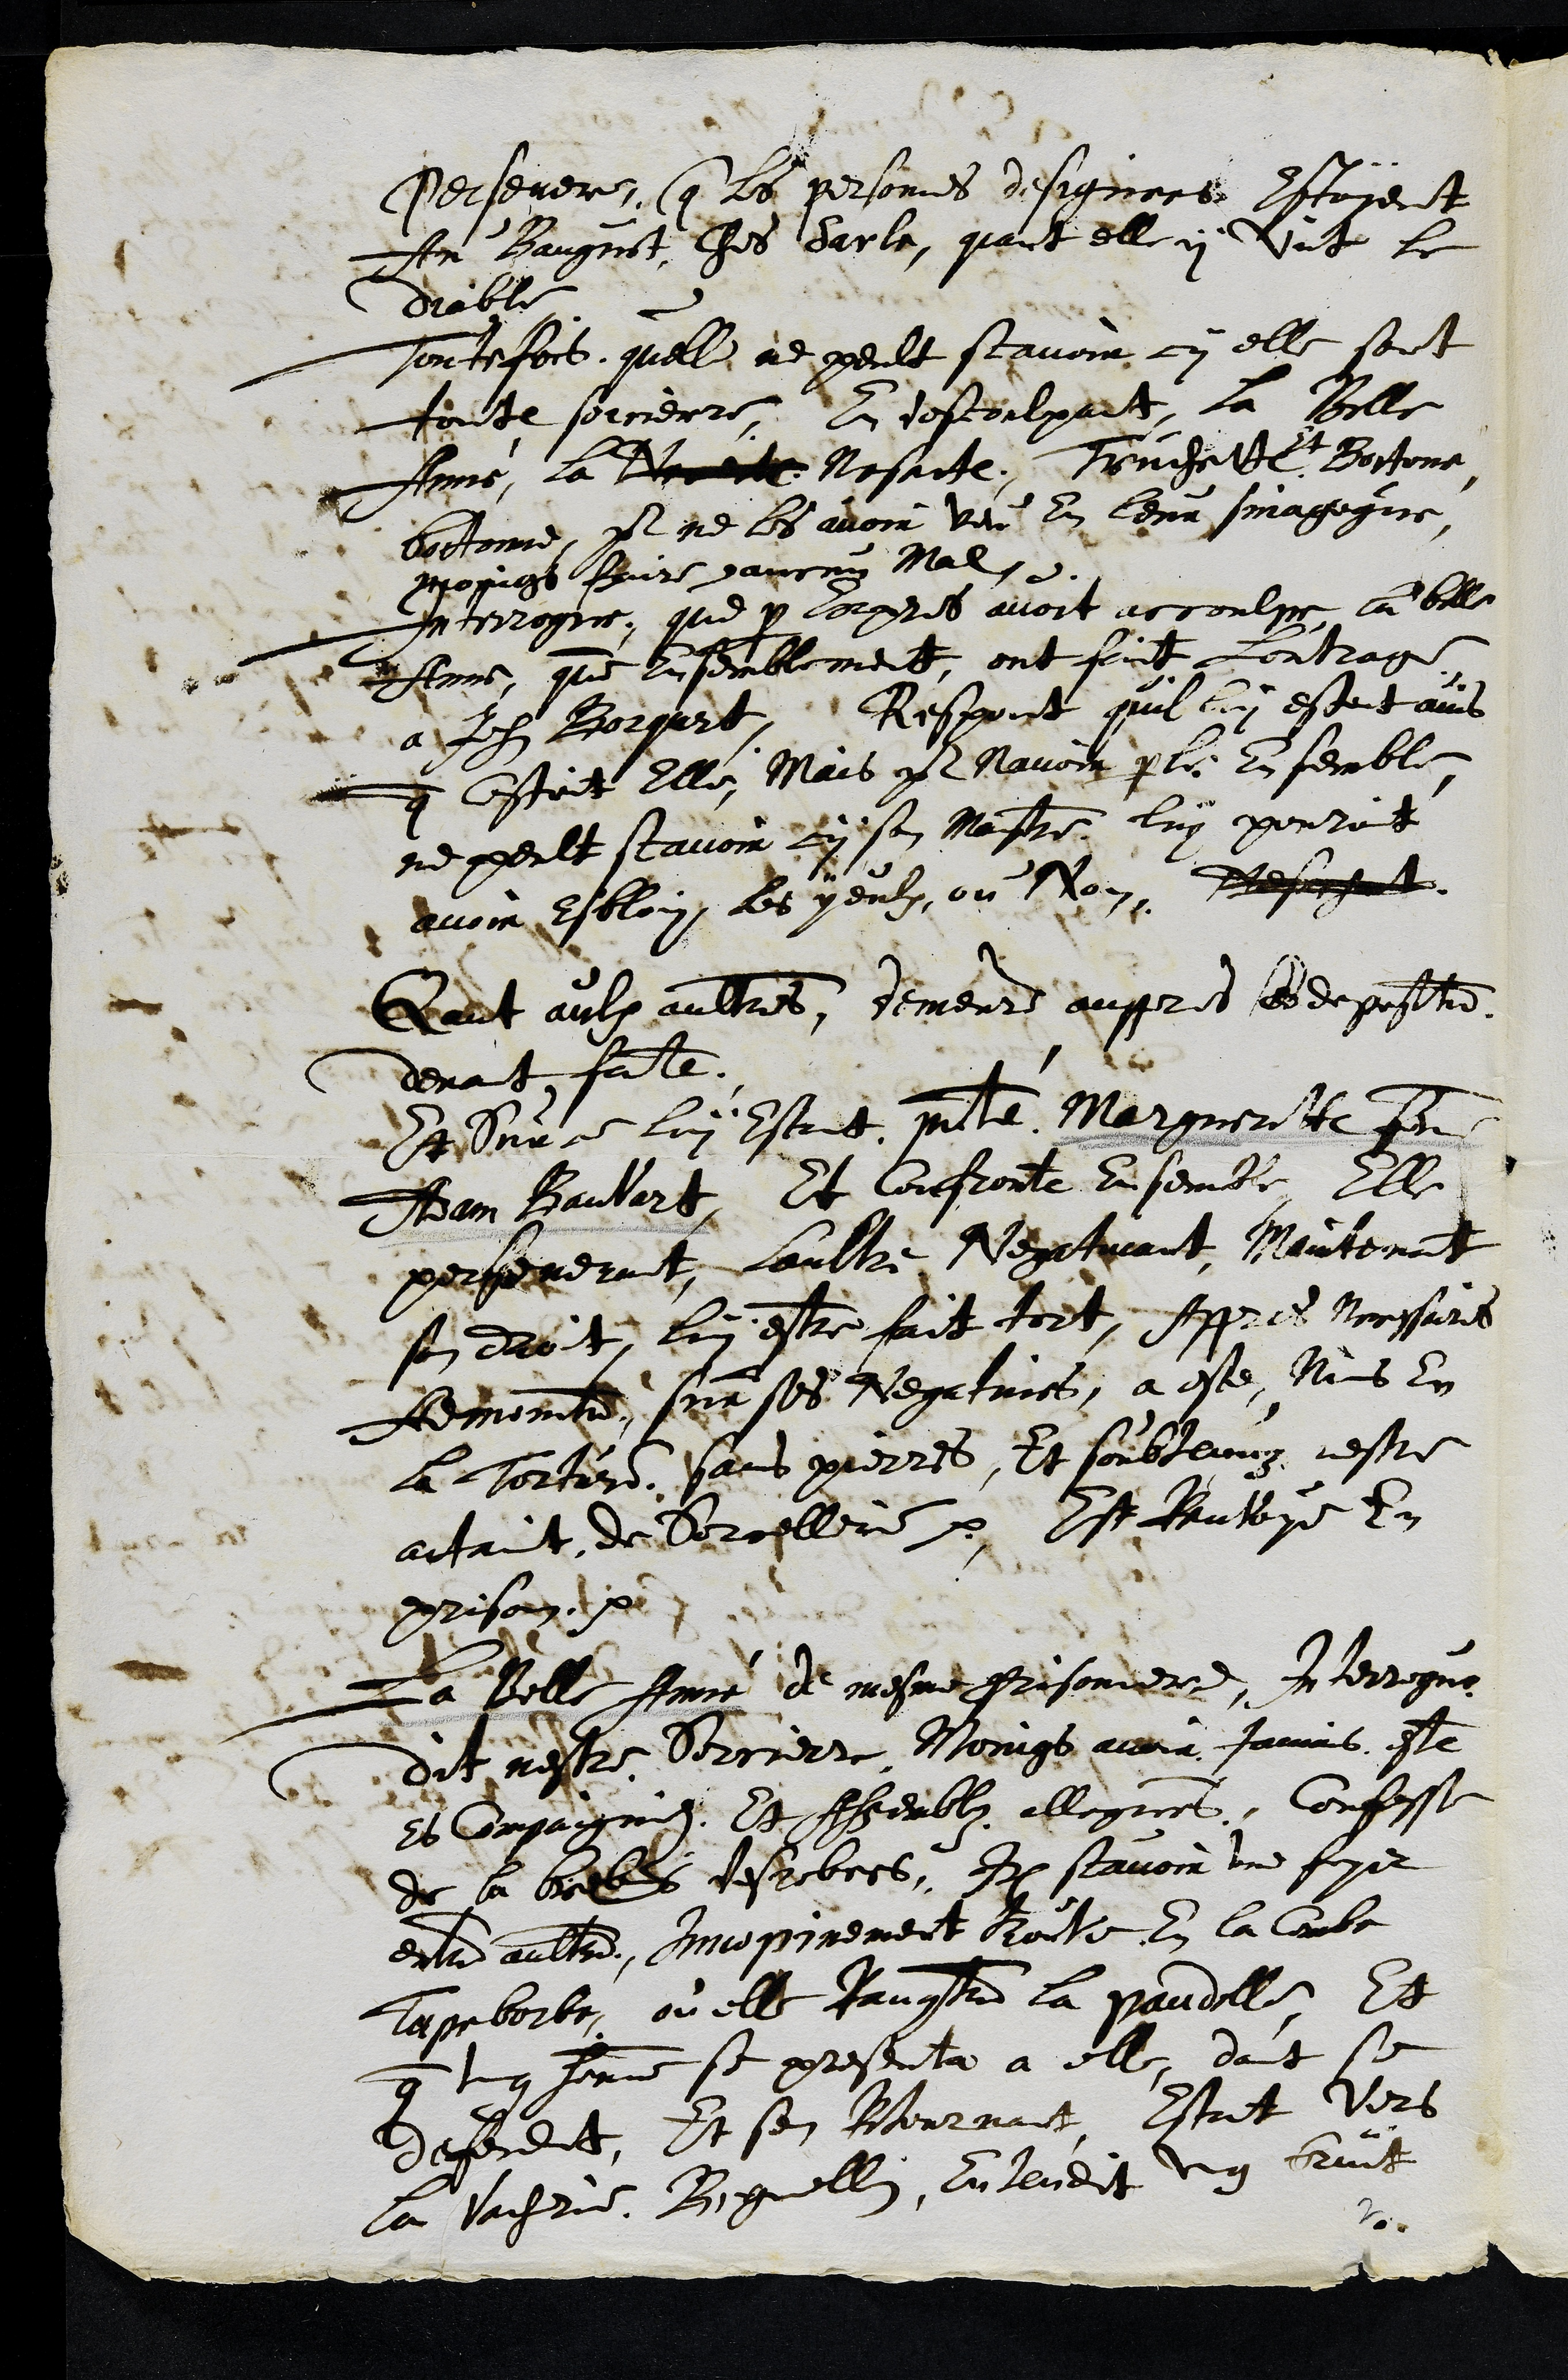
Persevere, que le personnes designers estoient
Item Baugnnt les Sarle, quait elle y vnt le
diable
tosentefois, quelle ne peult scavoir cy elle sont
toite sorcierre, A descoulpart, la Bille
Amme, la dec le Nesacte, Tonchelle
23
Bortone
bortonne, p ne les avoir veu en leur sinagegne
proings faire sancin mal.
Interrogue, que y apres avoit accourpe, la bella
Anne, que li semblement, ont faict Lontrag.
a Ils Borgurt, Respont quil lu estoit ains
q estoit elle, Mais paNavoir prle en semble
ne peult scavoir cy son mastre luy portot
avoir esbloin les yeulx ou Non Resoent
Get aulx aultres, demeurd auppres ses deposttr
devant faite.
Et vuu lui estoit pntte Margueritte fe
Aam Baubart, Et confronte ensemble, Elle
perpenerit, Laultre Ventirant Maintenant
sen droit, lui estre fait tort, Appres Nressures
femonne, sur ses Negatunes, a este. Mais Ey
a sorturd pars Pierres, Et soubtenuz cestre
atant de Borcellere par st Rentoye En
prison tx
La Belle fme de mesme prisonier. Interrogué
dit nestre Serrierre Noings auna Jamns este
et compagnee. Et Ahhemblz ellegue, Confesse
de la brelles desrobees. Item scavoir une foyet
enta aultre, MMosirement Roivee en la Combe
Tapeborbe, ou elle Ranctre la paudille Et
que unqe fomme se presentan à elle, dant si
deferdit, Et son Bournoit Estat vers
la vachon Beguellin, ai lladit ug bruit
10